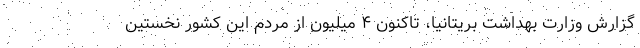
گزارش وزارت بهداشت بریتانیا، تاکنون ۴ میلیون از مردم این کشور نخستین